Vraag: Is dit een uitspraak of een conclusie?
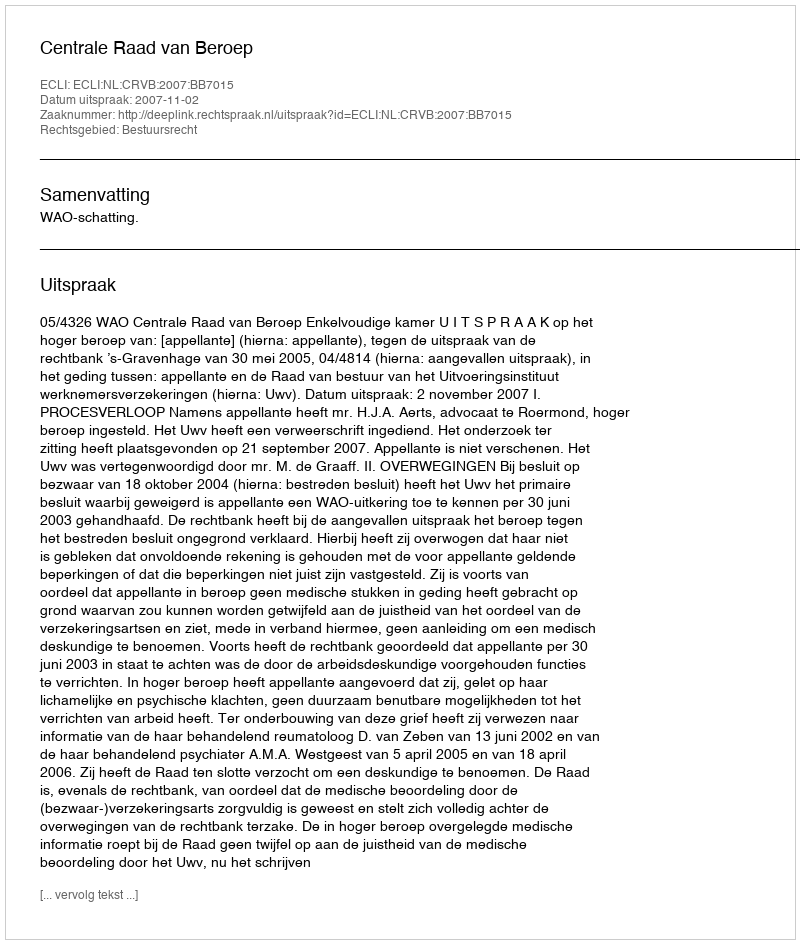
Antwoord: Uitspraak